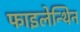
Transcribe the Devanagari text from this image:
फाइलेन्थिन